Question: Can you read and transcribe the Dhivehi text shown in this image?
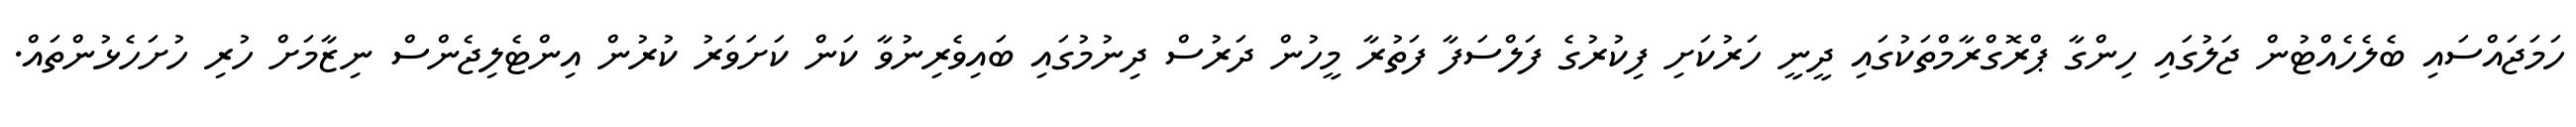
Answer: ހަމަޖައްސައި ބެލެހެއްޓުން ޖަލުގައި ހިންގާ ޕްރޮގްރާމްތަކުގައި ދީނީ ހަރުކަށި ފިކުރުގެ ފަލްސަފާ ފަތުރާ މީހުން ދަރުސް ދިނުމުގައި ބައިވެރިނުވާ ކަން ކަށަވަރު ކުރުން އިންޓެލިޖެންސް ނިޒާމަށް ހުރި ހުށަހެޅުންތައް.